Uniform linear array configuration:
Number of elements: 48
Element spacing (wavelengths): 1
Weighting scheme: binomial
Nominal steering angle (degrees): -60
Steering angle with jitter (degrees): -58.045
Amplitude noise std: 0.05
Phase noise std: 0.05

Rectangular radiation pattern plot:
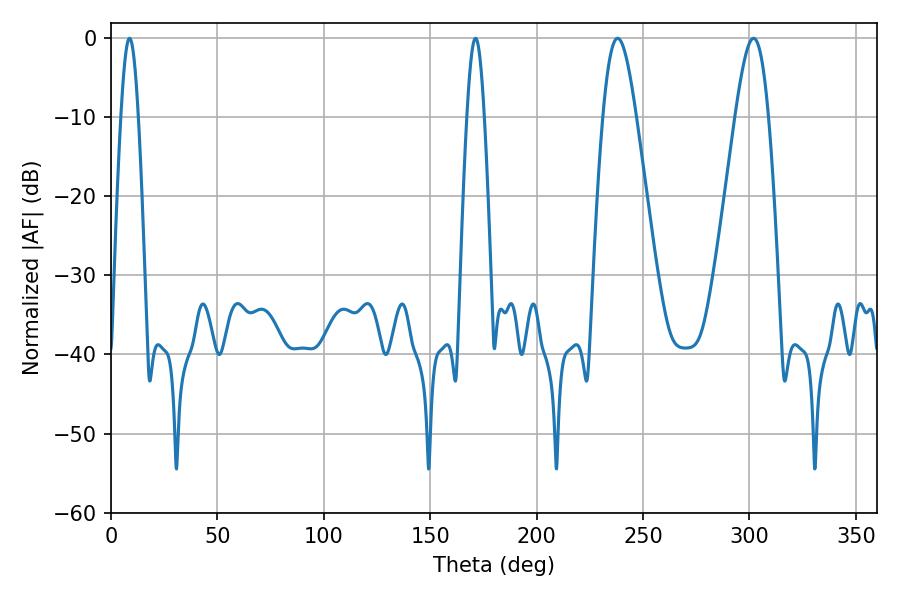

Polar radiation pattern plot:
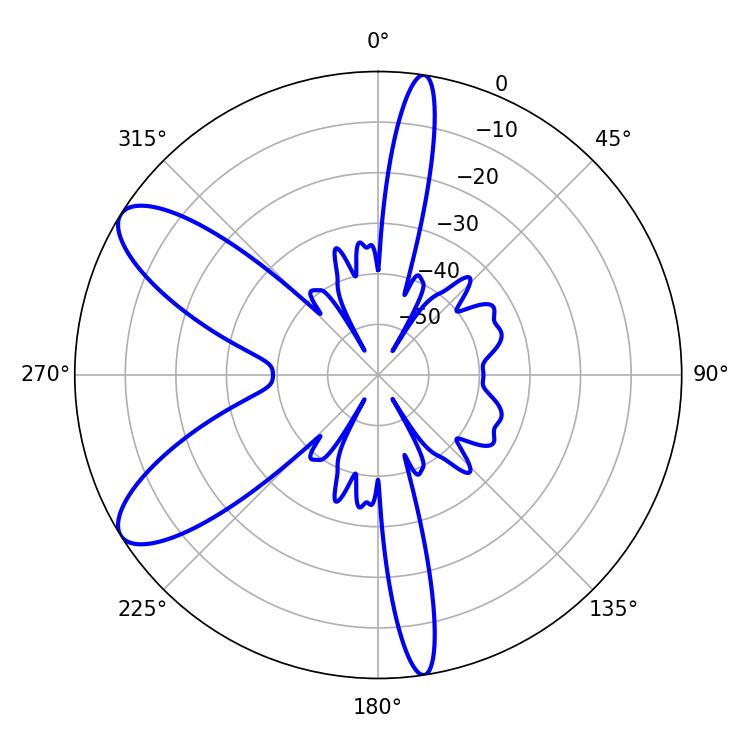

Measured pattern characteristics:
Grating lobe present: TRUE
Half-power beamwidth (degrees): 8.28
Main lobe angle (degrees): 238.14